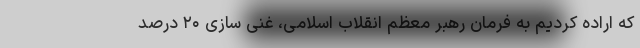
که اراده کردیم به فرمان رهبر معظم انقلاب اسلامی، غنی سازی ۲۰ درصد